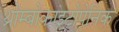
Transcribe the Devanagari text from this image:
थ्रोम्बोकाइटोपेनिक